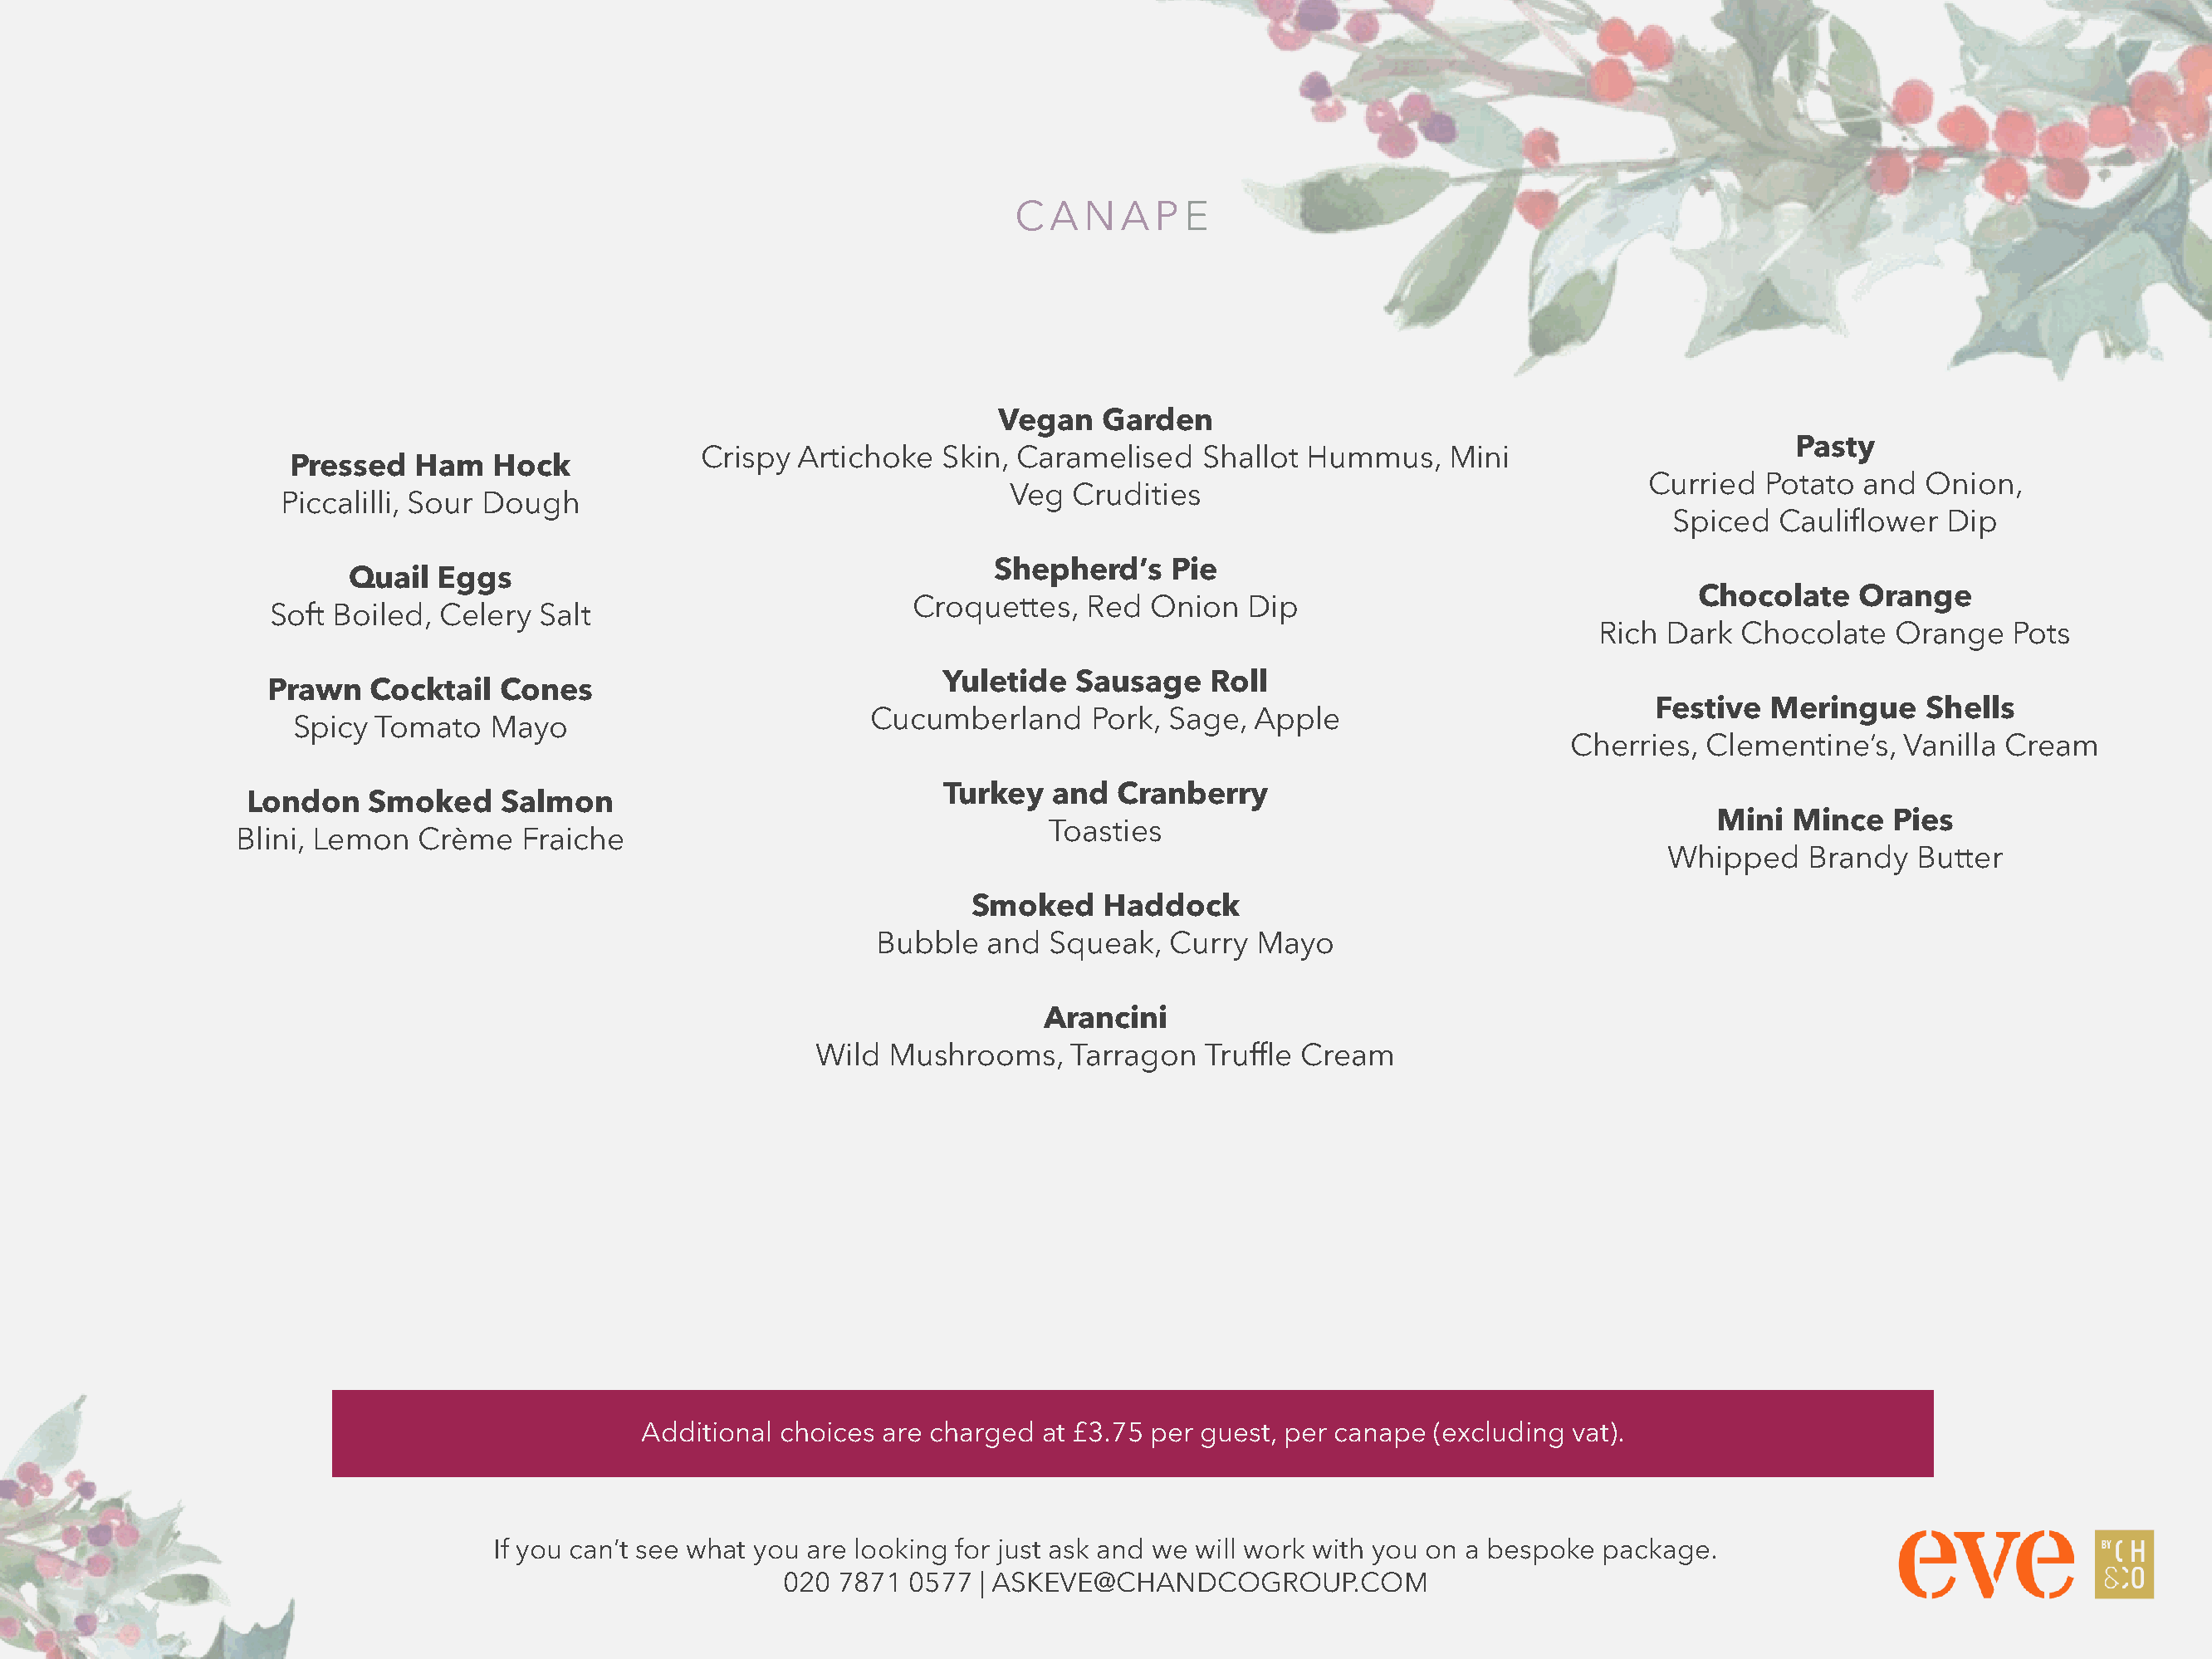
CANAP        E
 Vegan   Garden
 Pasty
 Crispy  Artichoke  Skin, Caramelised    Shallot Hummus,     Mini
 Pressed   Ham   Hock
 Curried   Potato  and Onion,
 Veg   Crudities
 Piccalilli, Sour Dough
 Spiced   Cauliflower  Dip
 Shepherd’s    Pie
 Quail  Eggs
 Chocolate    Orange
 Croquettes,   Red  Onion  Dip
 Soft Boiled, Celery  Salt
 Rich  Dark  Chocolate   Orange   Pots
 Yuletide   Sausage   Roll
 Prawn   Cocktail   Cones
 Festive  Meringue     Shells
 Cucumberland      Pork, Sage,  Apple
 Spicy  Tomato   Mayo
 Cherries,  Clementine’s,   Vanilla Cream
 Turkey   and  Cranberry
 London   Smoked     Salmon
 Mini  Mince   Pies
 Toasties
 Blini, Lemon  Crème    Fraiche
 Whipped    Brandy   Butter
 Smoked     Haddock
 Bubble   and  Squeak,  Curry  Mayo
 Arancini
 Wild  Mushrooms,    Tarragon   Truffle Cream
 Additional choices are charged  at £3.75 per guest, per canape (excluding vat).
 If you can’t see what you are looking for just ask and we will work with you on a bespoke package.
 020  7871 0577  | ASKEVE@CHANDCOGROUP.COM